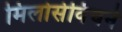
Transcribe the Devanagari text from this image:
मिलोसेविचने